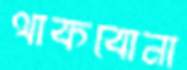
থাকবোনা